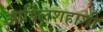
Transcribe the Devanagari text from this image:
आदिलशहाशी